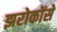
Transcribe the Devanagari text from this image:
झरोकोंसे